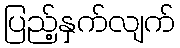
ပြည့်နှက်လျက်